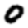
Digit: 0